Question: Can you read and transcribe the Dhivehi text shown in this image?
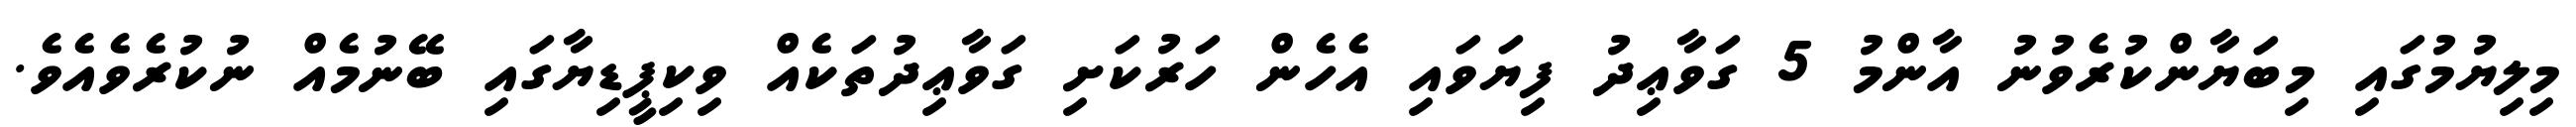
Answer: މިލިޔުމުގައި މިބަޔާންކުރެވުނު އާންމު 5 ގަވާޢިދު ފިޔަވައި އެހެން ހަރުކަށި ގަވާޢިދުތަކެއް ވިކިޕީޑިޔާގައި ބޭނުމެއް ނުކުރެވެއެވެ.